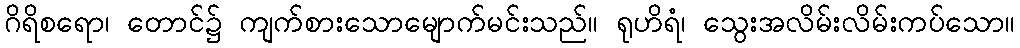
ဂိရိစရော၊ တောင်၌ ကျက်စားသောမျောက်မင်းသည်။ ရုဟိရံ၊ သွေးအလိမ်းလိမ်းကပ်သော။